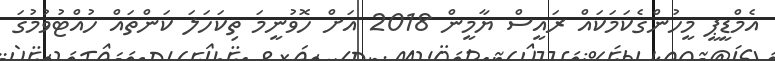
އެމްޑީޕީ މީހުންގެކަމަކައް ރައީސް ޔާމީން 2018 އަށް ހޮވުނީމަ ތިކަހަލަ ކަންތައް ހުއްޓުވުމުގަ